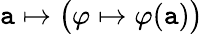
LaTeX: \mathtt{a}\mapsto{\bigl(}\varphi\mapsto\varphi(\mathtt{a}){\bigr)}